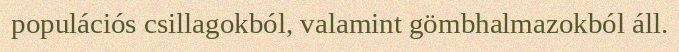
populációs csillagokból, valamint gömbhalmazokból áll.